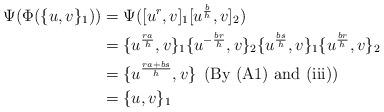
LaTeX: \begin{align*} \Psi(\Phi(\{u,v\}_1)) & = \Psi ([u^r,v]_1 [u^{\frac{b}{h}},v]_2) \\& = \{u^{\frac{ra}{h}},v\}_1 \{u^{-\frac{br}{h}},v\}_2 \{u^{\frac{bs}{h}},v\}_1 \{u^{\frac{br}{h}},v\}_2\\& = \{u^{\frac{ra+bs}{h}},v\} \:\:\mbox{(By (A1) and (iii))}\\& = \{u,v\}_1\end{align*}